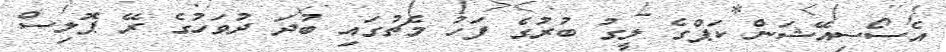
އެސޯސިއޭޝަން ކަޕްގެ ލީގު ބުރުގެ ފަހު މެޗުގައި ބުދަ ދުވަހުގެ ރޭ ޕޮލިސް